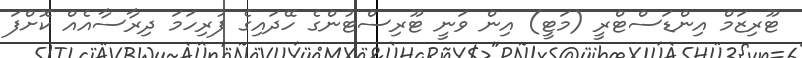
ޓޫރިޒަމް އިންޑަސްޓްރީ (މަޓީ) އިން ވަނީ ޓޫރިސްޓުންގެ ހޭދައިގެ ފުރިހަމަ ދިރާސާއެއް ކޮށްފަ